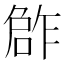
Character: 𠹨